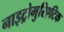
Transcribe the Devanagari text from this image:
नाइट्रोमुरिएटिक